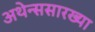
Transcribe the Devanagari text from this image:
अथेन्ससारख्या